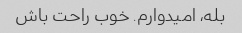
بله، امیدوارم. خوب راحت باش